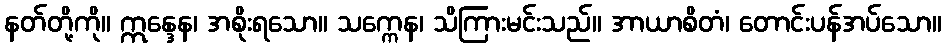
နတ်တို့ကို။ ဣန္ဒေန၊ အစိုးရသော။ သက္ကေန၊ သိကြားမင်းသည်။ အာယာစိတံ၊ တောင်းပန်အပ်သော။